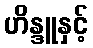
ဟိန္ဒူနှင့်